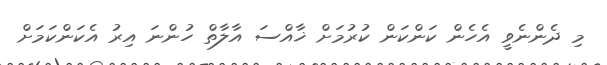
މި ދެންނެވީ އެހެން ކަންކަން ކުރުމަށް ޚާއްސަ އާލާތް ހުންނަ އިރު އެކަންކަމަށް